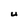
Character: U